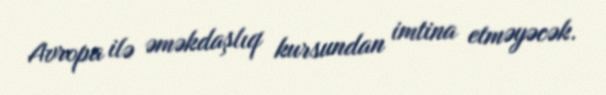
Avropa ilə əməkdaşlıq kursundan imtina etməyəcək.